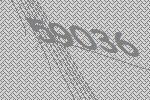
59036